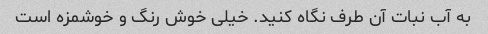
به آب نبات آن طرف نگاه کنید. خیلی خوش رنگ و خوشمزه است